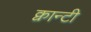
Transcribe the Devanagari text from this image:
क्वान्टी